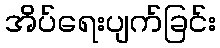
အိပ်ရေးပျက်ခြင်း